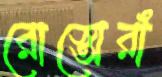
রোস্তোরাঁ